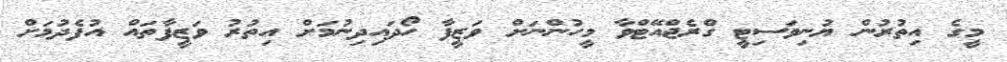
މީގެ އިތުރުން ޔުނިވަސިޓީ ގްރެޖްއޭޓްވާ މީހުންނަށް ވަޒީފާ ހޯދައިދިނުމަށް އިތުރު ވަޒީފާތައް އުފެދުމަށް